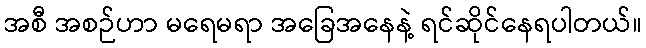
အစီ အစဉ်ဟာ မရေမရာ အခြေအနေနဲ့ ရင်ဆိုင်နေရပါတယ်။